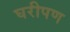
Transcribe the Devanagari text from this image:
घरीपण